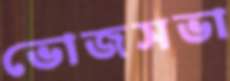
ভোজসভা